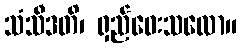
သံသီဒတိ၊ ရှည်ဝေးသလော။